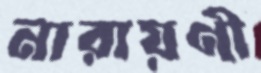
নারায়ণী